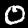
Digit: 0